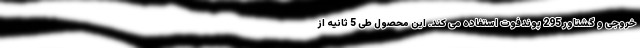
خروجی و گشتاور 295 پوندفوت استفاده می کند. این محصول طی 5 ثانیه از